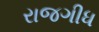
રાજગીધ